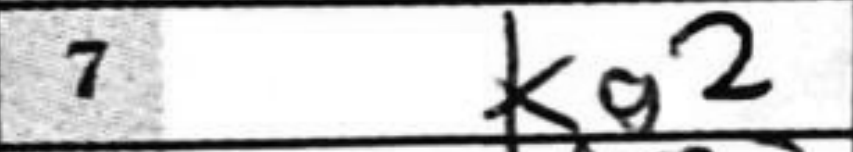
Transcription: Kg2